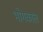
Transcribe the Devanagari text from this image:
भोगकाल